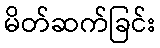
မိတ်ဆက်ခြင်း